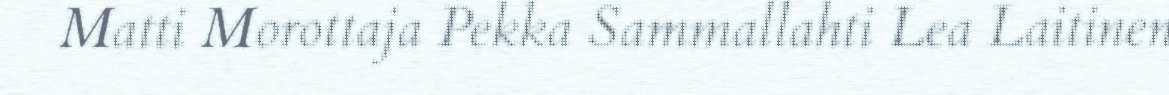
Matti Morottaja Pekka Sammallahti Lea Laitinen